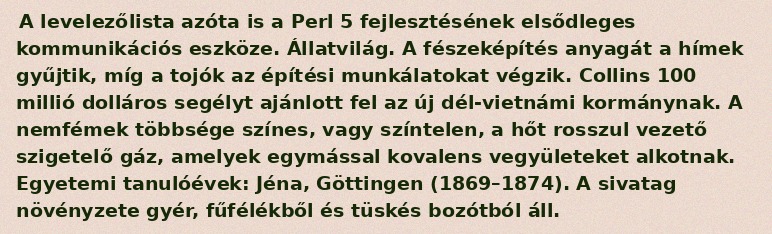
A levelezőlista azóta is a Perl 5 fejlesztésének elsődleges kommunikációs eszköze. Állatvilág. A fészeképítés anyagát a hímek gyűjtik, míg a tojók az építési munkálatokat végzik. Collins 100 millió dolláros segélyt ajánlott fel az új dél-vietnámi kormánynak. A nemfémek többsége színes, vagy színtelen, a hőt rosszul vezető szigetelő gáz, amelyek egymással kovalens vegyületeket alkotnak. Egyetemi tanulóévek: Jéna, Göttingen (1869–1874). A sivatag növényzete gyér, fűfélékből és tüskés bozótból áll.